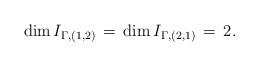
LaTeX: \begin{align*} \dim I_{\Gamma, (1,2)} \, = \, \dim I_{\Gamma, (2,1)} \, = \, 2.\end{align*}